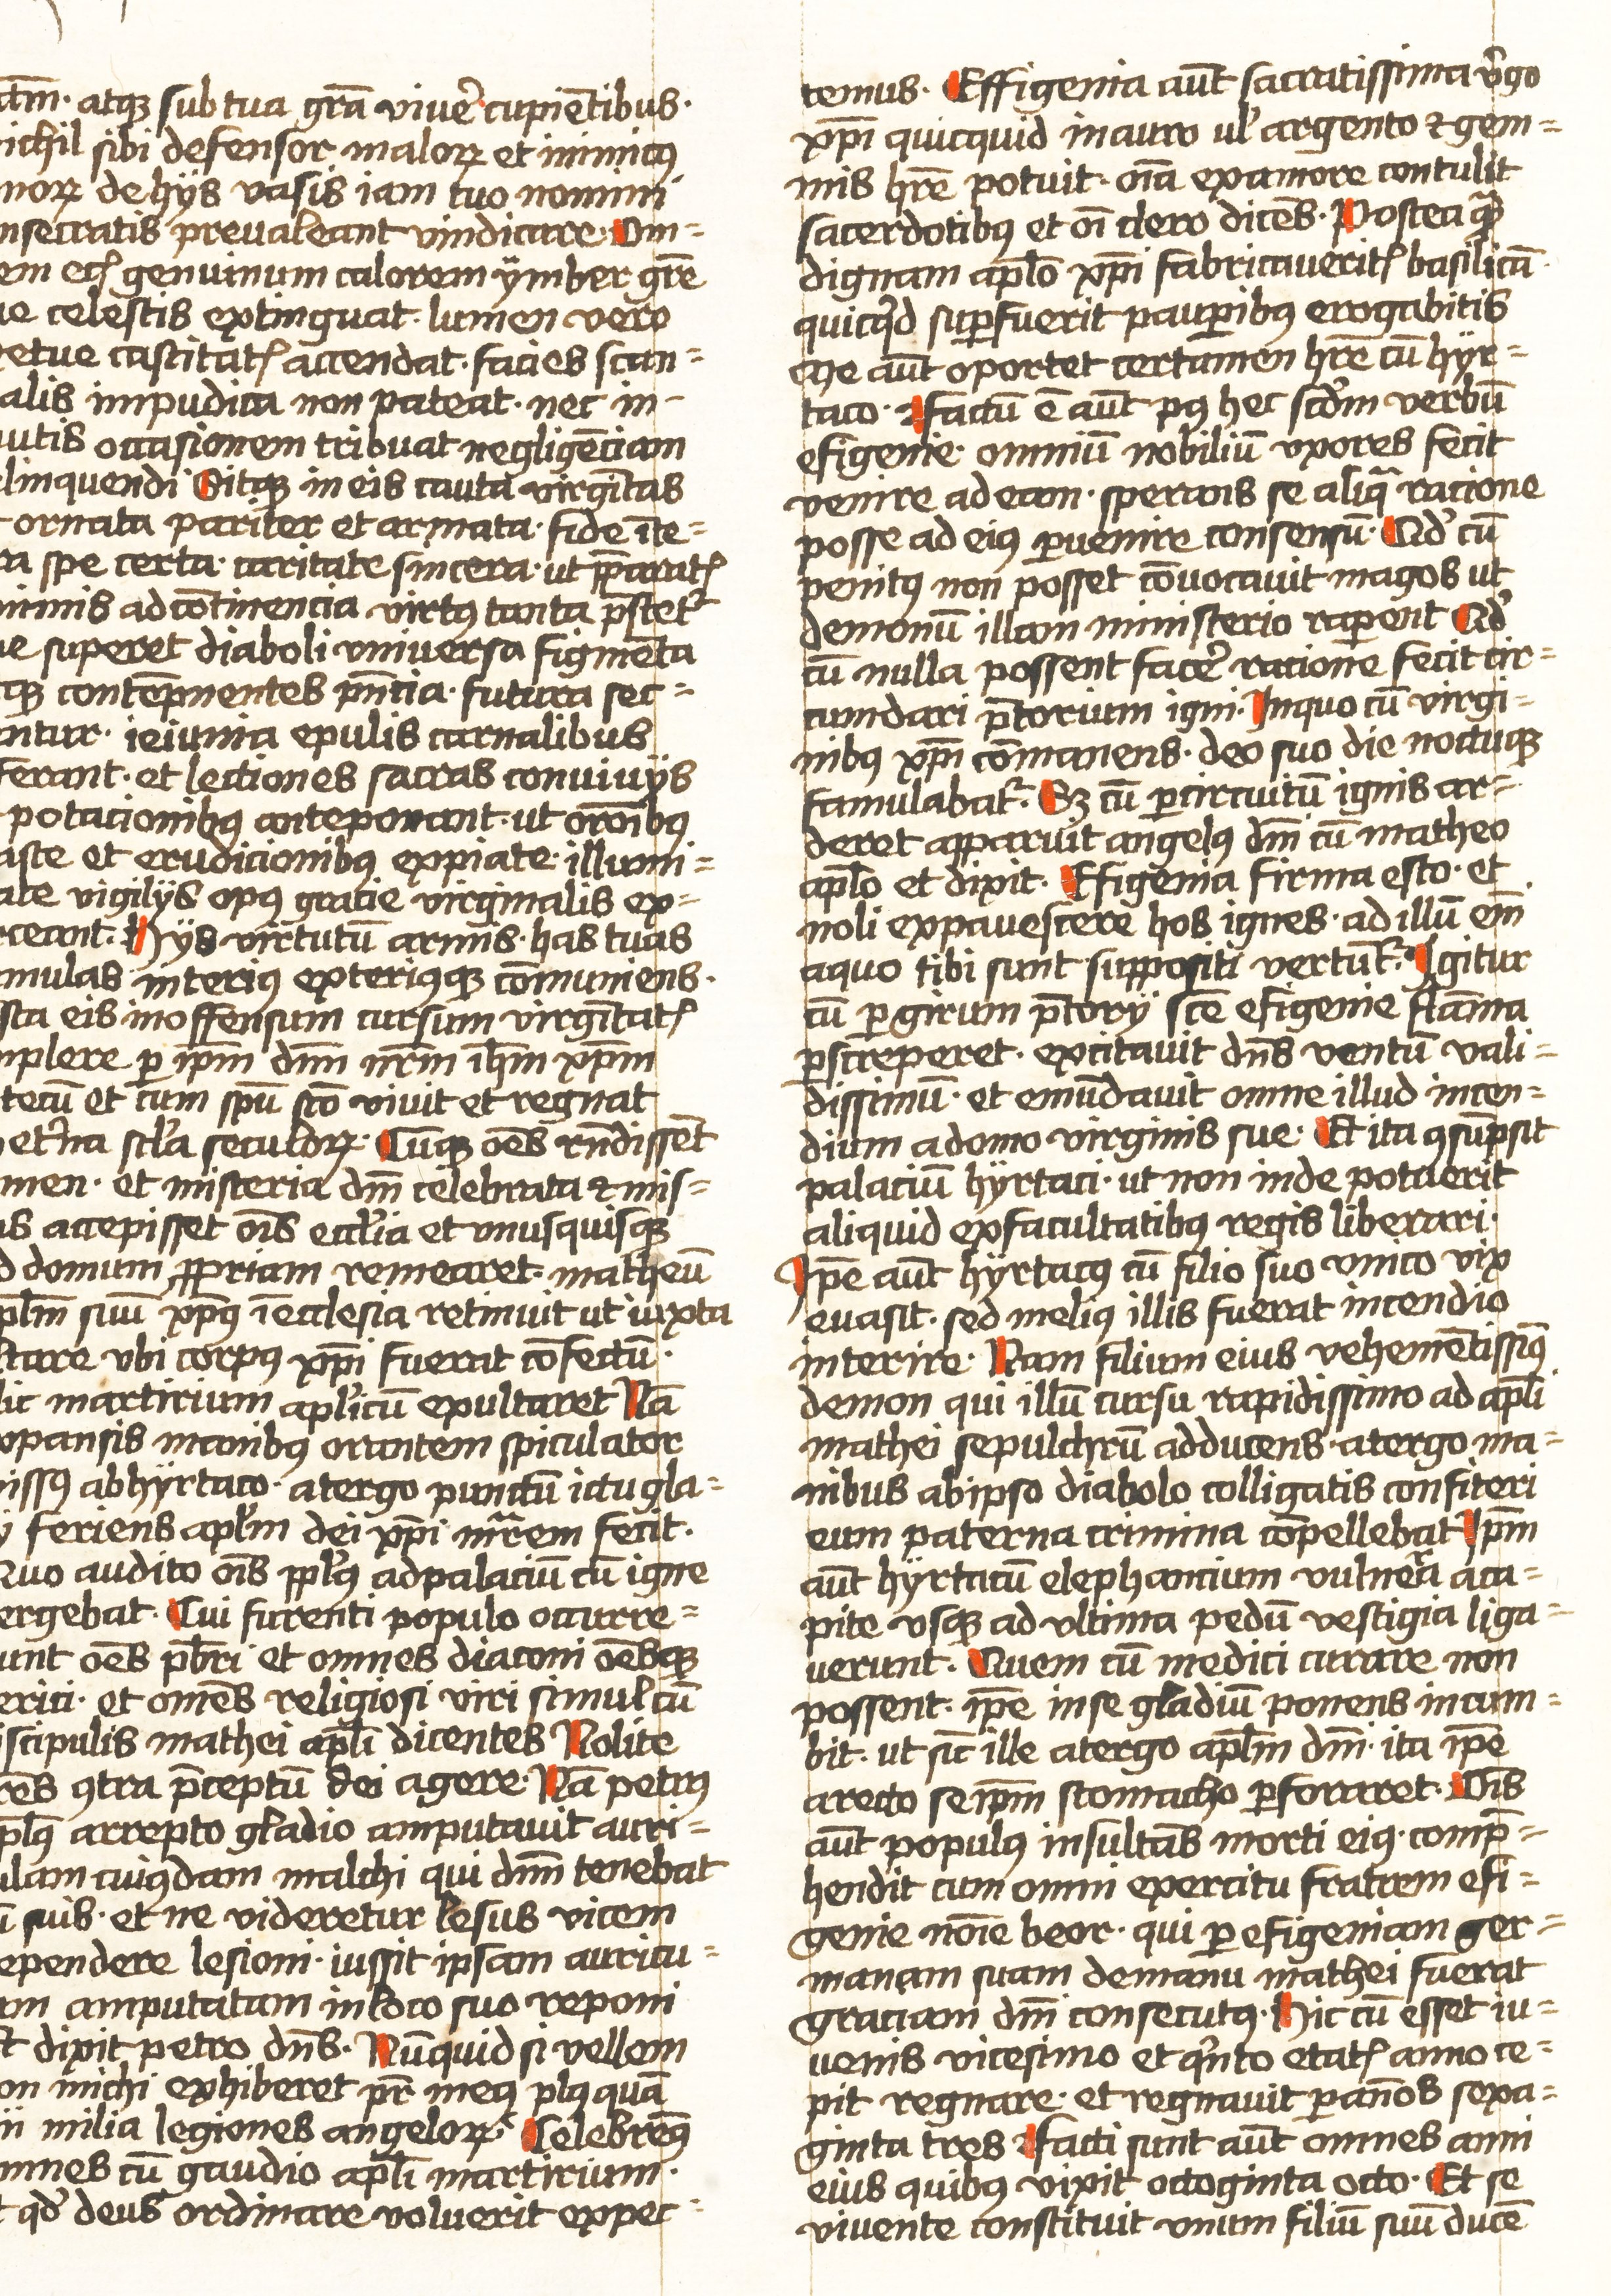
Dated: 1452–1459